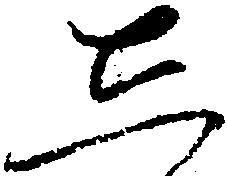
し